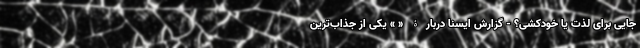
جایی برای لذت یا خودکشی؟ - گزارش ایسنا دربارۀ « » یکی از جذاب‌ترین